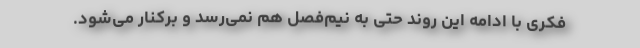
فکری با ادامه این روند حتی به نیم‌فصل هم نمی‌رسد و برکنار می‌شود.